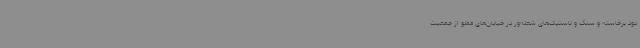
دود برخاسته و سنگ و لاستیک‌های شعله‌ور در خیابان‌های مملو از جمعیت